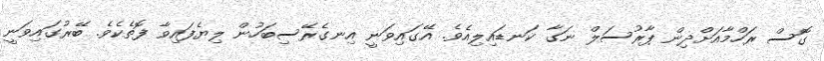
ގޮސް ރަހްމާއަށްދިން ޕާރުސަލް ނަގާ ކަނޑައިލިއެވެ. އޭގައިވަނީ އިނގެރޭސިބަހުން ލިޔެފައިވާ ފޮތެކެވެ. ބޭރުގައިވަނީ